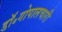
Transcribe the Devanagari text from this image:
डॉ॰गोपालचारी